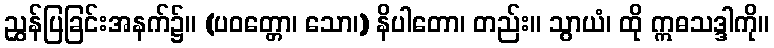
ညွှန်ပြခြင်းအနက်၌။ (ပဝတ္တော၊ သော၊) နိပါတော၊ တည်း။ သွာယံ၊ ထို ဣဓသဒ္ဒါကို။